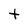
Character: t